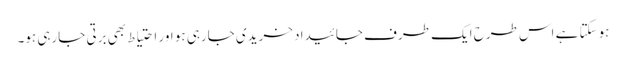
ہوسکتا ہے اس طرح ایک طرف جائیداد خریدی جارہی ہو اور احتیاط بھی برتی جارہی ہو۔